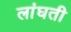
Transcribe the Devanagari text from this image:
लांघती